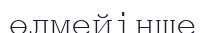
өлмейінше